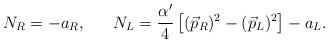
LaTeX: \begin{align*}N_R=-a_R, \ \ \ \ \ N_L={{\alpha^{\prime}}\over 4}\left[(\vec{p}_R)^2-(\vec{p}_L)^2\right]-a_L. \end{align*}